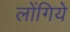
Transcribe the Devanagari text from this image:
लोंगिये